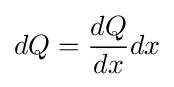
dQ={\frac {dQ}{dx}}dx